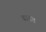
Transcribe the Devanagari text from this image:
बानत